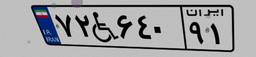
۷۲W۶۴۰۹۱